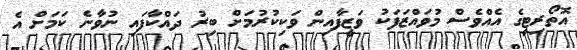
އޮތޯރިޓީގެ އެއްވެސް މުވައްޒަފަކު ވަޒީފާއިން ވަކިކުރުމަށް ބިރު ދައްކާފައި ނުވާނެ ކަމަށް އެ